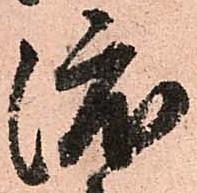
渡